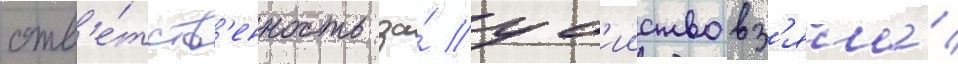
отв'е́тств'енность за́ уб'ииство вз'яла́